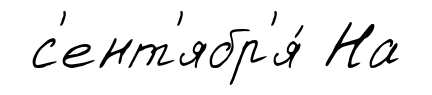
с'ент'ябр'я́ На